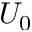
U _ { 0 }